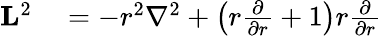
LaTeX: \begin{array}{rl}{\mathbf{L}^{2}}&{{}=-r^{2}\nabla^{2}+\left(r{\frac{\partial}{\partial r}}+1\right)r{\frac{\partial}{\partial r}}}\end{array}